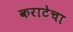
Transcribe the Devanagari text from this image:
कराटेचा